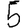
Digit: 5